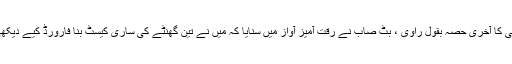
آپ بیتی کا آخری حصّہ بقول راوی ، بٹ صاب نے رقّت آمیز آواز میں سنایا کہ میں نے تین گھنٹے کی ساری کیسٹ بنا فارورڈ کیے دیکھی کہ ۔